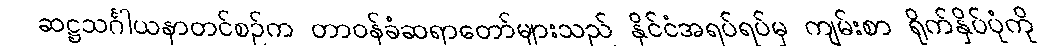
ဆဋ္ဌသင်္ဂါယနာတင်စဉ်က တာဝန်ခံဆရာတော်များသည် နိုင်ငံအရပ်ရပ်မှ ကျမ်းစာ ရိုက်နှိပ်ပုံကို